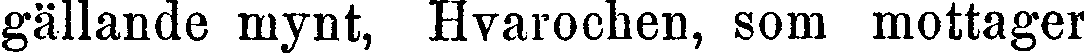
gällande mynt, Hvarochen, som mottager